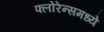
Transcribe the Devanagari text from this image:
फ्लोरेन्समध्ये